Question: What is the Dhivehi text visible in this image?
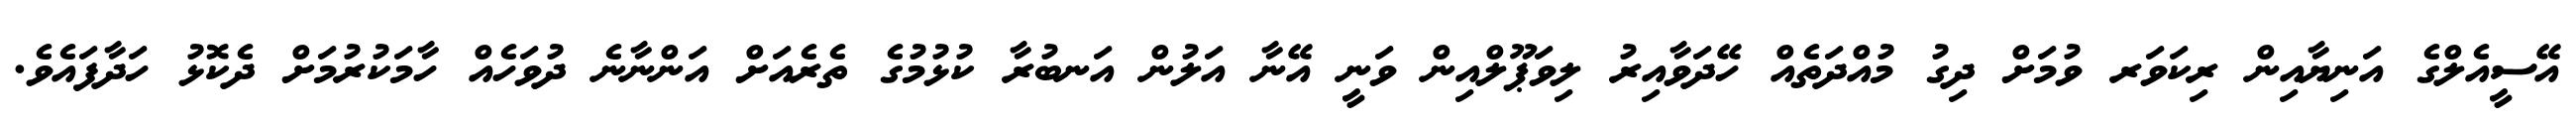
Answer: އޭސީއެލްގެ އަނިޔާއިން ރިކަވަރ ވުމަށް ދިގު މުއްދަތެއް ހޭދަވާއިރު ލިވަޕޫލްއިން ވަނީ އޭނާ އަލުން އަނބުރާ ކުޅުމުގެ ތެރެއަށް އަންނާނެ ދުވަހެއް ހާމަކުރުމަށް ދެކޮޅު ހަދާފައެވެ.